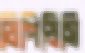
ডিপিডিসি